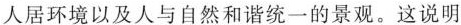
人居环境以及人与自然和谐统一的景观。这说明